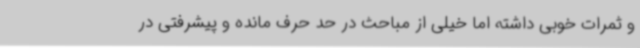
و ثمرات خوبی داشته اما خیلی از مباحث در حد حرف مانده و پیشرفتی در